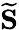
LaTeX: \mathbf{\widetilde{S}}